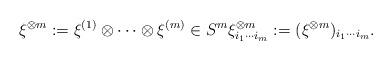
LaTeX: \begin{align*}\xi^{\otimes m} := \xi^{(1)} \otimes \cdots \otimes \xi^{(m)} \in S^{m} \xi_{i_{1}\cdots i_{m}}^{\otimes m} := (\xi^{\otimes m})_{i_{1}\cdots i_{m}}. \end{align*}